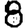
Digit: 8